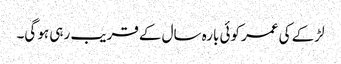
لڑکے کی عمر کوئی بارہ سال کے قریب رہی ہو گی۔